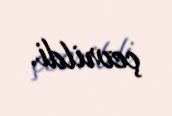
çevrildi.